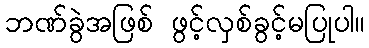
ဘဏ်ခွဲအဖြစ် ဖွင့်လှစ်ခွင့်မပြုပါ။